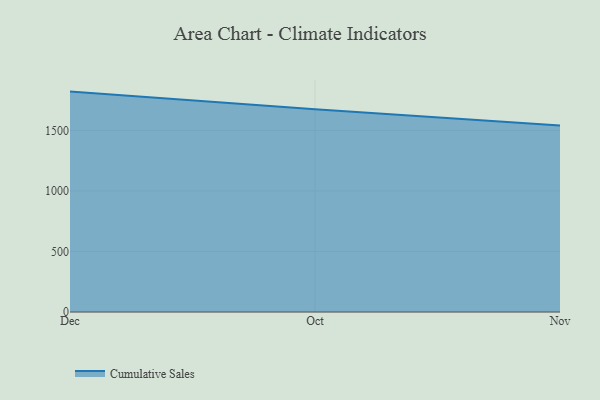
{"axis": {"x": "Month", "y": "Page Views"}, "legend": ["Cumulative Sales"], "data": [{"x": "Dec", "y": 1821.6, "type": "Cumulative Sales"}, {"x": "Oct", "y": 1674.9, "type": "Cumulative Sales"}, {"x": "Nov", "y": 1542.2, "type": "Cumulative Sales"}]}